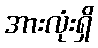
အားလုံးရှိ